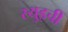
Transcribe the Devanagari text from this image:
रयुइची